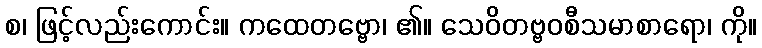
စ၊ ဖြင့်လည်းကောင်း။ ကထေတဗ္ဗော၊ ၏။ သေဝိတဗ္ဗဝစီသမာစာရော၊ ကို။